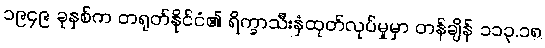
၁၉၄၉ ခုနှစ်က တရုတ်နိုင်ငံ၏ ရိက္ခာသီးနှံထုတ်လုပ်မှုမှာ တန်ချိန် ၁၁၃.၁၈